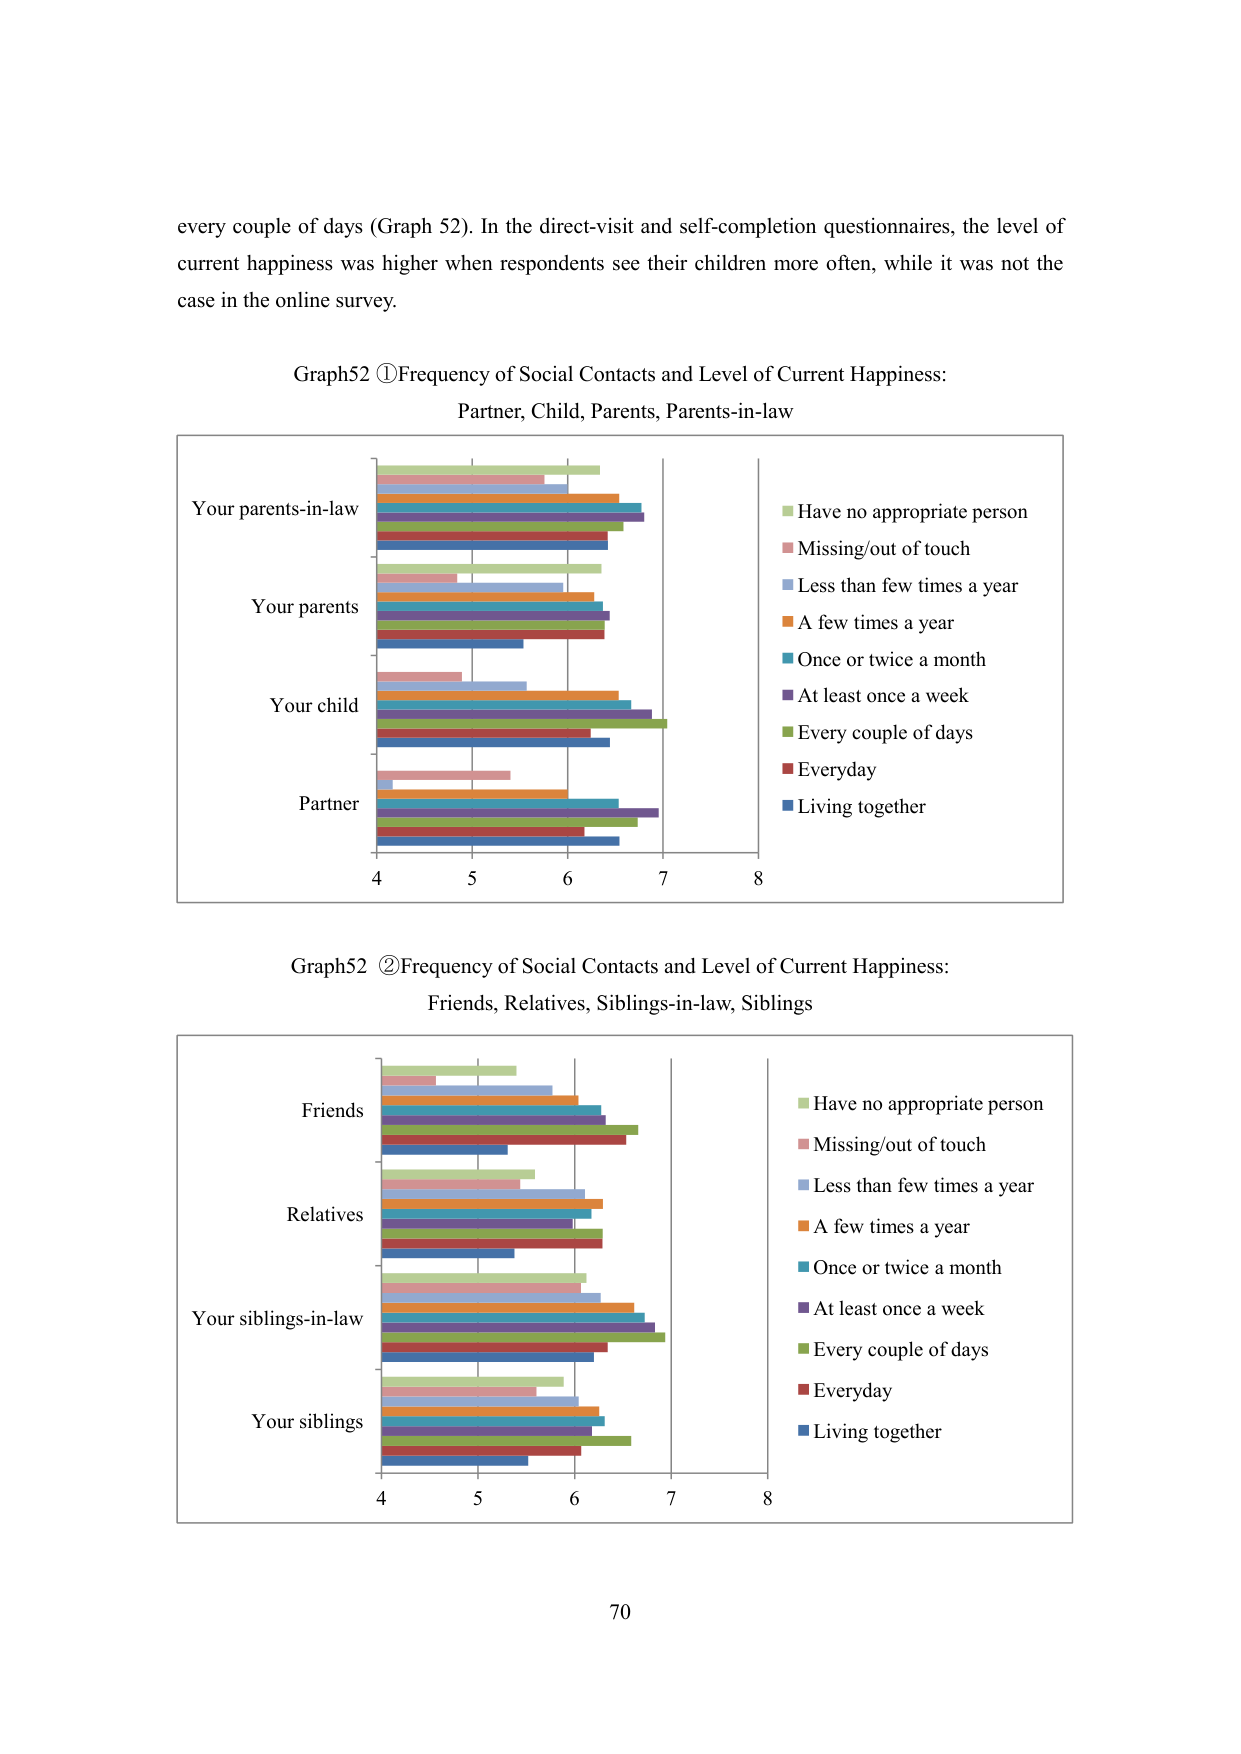
every couple of days (Graph 52). In the direct-visit and self-completion questionnaires, the level of current happiness was higher when respondents see their children more often, while it was not the case in the online survey.

Graph52 ①Frequency of Social Contacts and Level of Current Happiness: Partner, Child, Parents, Parents-in-law

Your parents-in-law
Your parents
Your child
Partner

4 5 6 7 8

Have no appropriate person
Missing/out of touch
Less than few times a year
A few times a year
Once or twice a month
At least once a week
Every couple of days
Everyday
Living together

Graph52 ②Frequency of Social Contacts and Level of Current Happiness: Friends, Relatives, Siblings-in-law, Siblings

Friends
Relatives
Your siblings-in-law
Your siblings

4 5 6 7 8

Have no appropriate person
Missing/out of touch
Less than few times a year
A few times a year
Once or twice a month
At least once a week
Every couple of days
Everyday
Living together

70